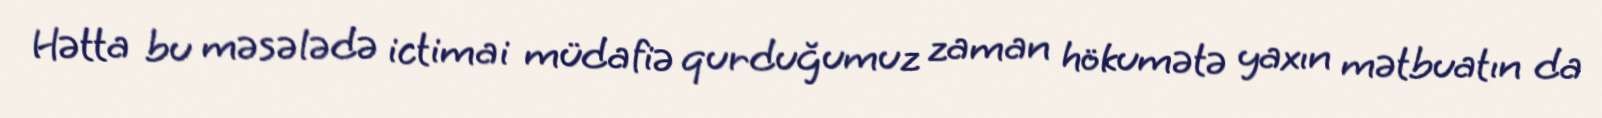
Hətta bu məsələdə ictimai müdafiə qurduğumuz zaman hökumətə yaxın mətbuatın da